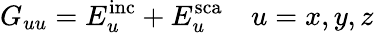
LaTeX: G_{uu}=E_{u}^{\mathrm{inc}}+E_{u}^{\mathrm{sca}}\quad u=x,y,z